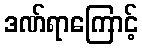
ဒဏ်ရာကြောင့်